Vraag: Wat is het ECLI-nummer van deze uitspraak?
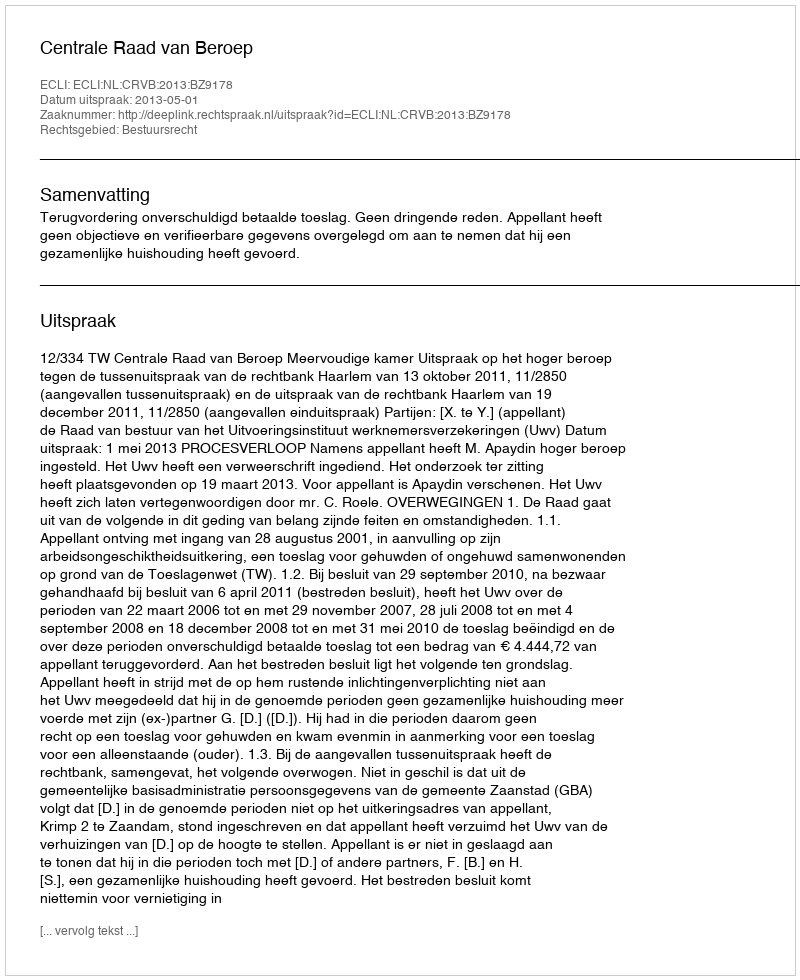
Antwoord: ECLI:NL:CRVB:2013:BZ9178